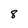
Character: 8